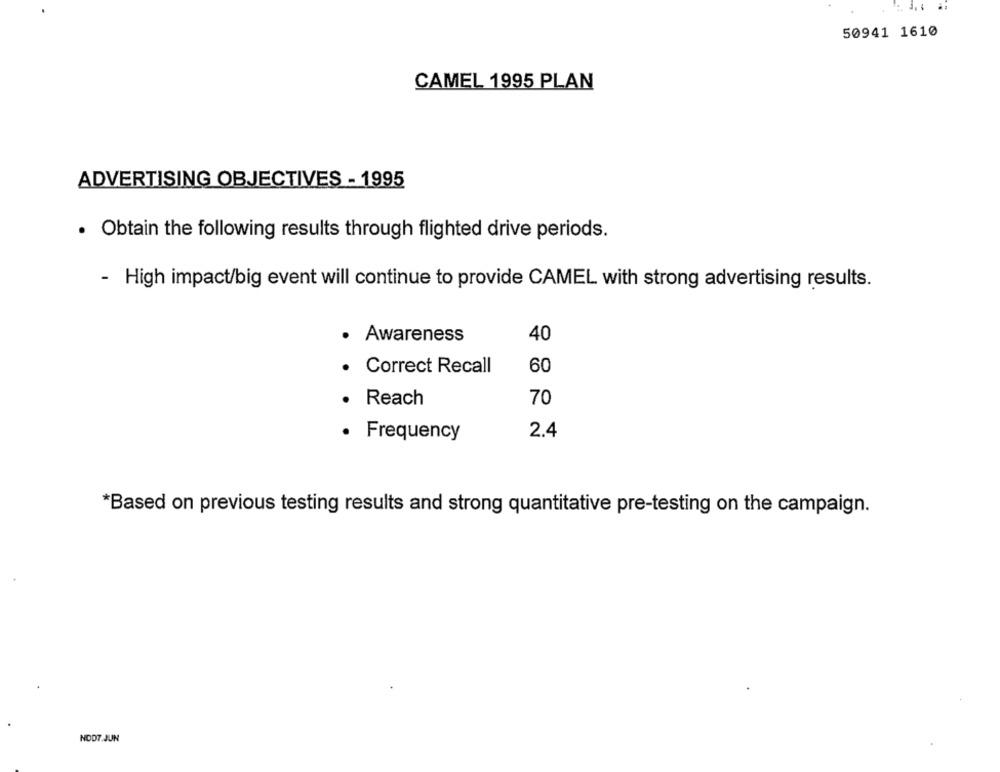
50941 1610
CAMEL 1995 PLAN
ADVERTISING OBJECTIVES - 1995
· Obtain the following results through flighted drive periods.
- High impact/big event will continue to provide CAMEL with strong advertising results.
· Awareness
40
Correct Recall
60
70
Reach
· Frequency
2.4
*Based on previous testing results and strong quantitative pre-testing on the campaign.
NOD7.JUN